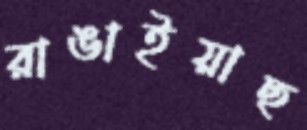
রাঙাইয়াছ